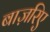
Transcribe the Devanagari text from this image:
बाज़रिए